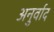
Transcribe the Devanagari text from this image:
अनुर्वाद